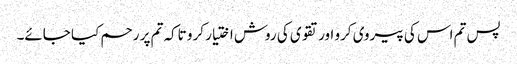
پس تم اس کی پیروی کرو اور تقوی کی روش اختیار کرو تاکہ تم پر رحم کیا جائے۔